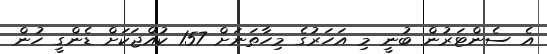
އެ ސެންޓަރުން ބުނީ މި އަހަރުގެ މިހާތަނަށް 157 ކުއްޖަކަށް ޑެންގީ ހުން